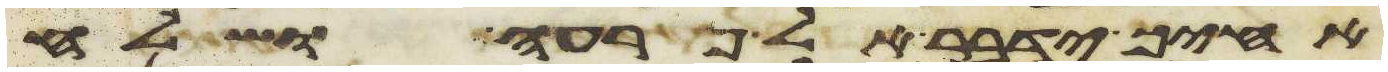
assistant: אחיך ידבר אל פרעה ושלח